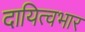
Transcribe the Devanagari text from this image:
दायित्वभार